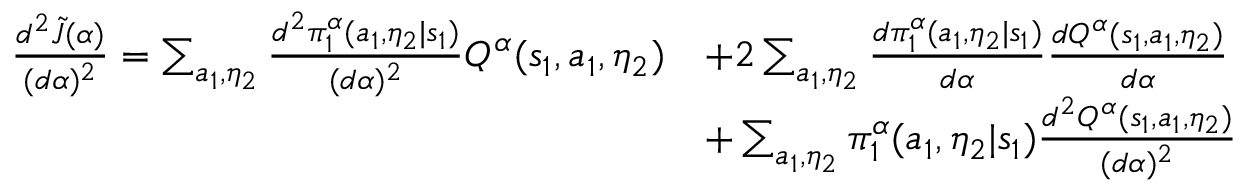
\begin{array} { r l } { \frac { d ^ { 2 } \tilde { J } ( \alpha ) } { ( d \alpha ) ^ { 2 } } = \sum _ { a _ { 1 } , \eta _ { 2 } } \frac { d ^ { 2 } \pi _ { 1 } ^ { \alpha } ( a _ { 1 } , \eta _ { 2 } | s _ { 1 } ) } { ( d \alpha ) ^ { 2 } } Q ^ { \alpha } ( s _ { 1 } , a _ { 1 } , \eta _ { 2 } ) } & { + 2 \sum _ { a _ { 1 } , \eta _ { 2 } } \frac { d \pi _ { 1 } ^ { \alpha } ( a _ { 1 } , \eta _ { 2 } | s _ { 1 } ) } { d \alpha } \frac { d Q ^ { \alpha } ( s _ { 1 } , a _ { 1 } , \eta _ { 2 } ) } { d \alpha } } \\ & { + \sum _ { a _ { 1 } , \eta _ { 2 } } \pi _ { 1 } ^ { \alpha } ( a _ { 1 } , \eta _ { 2 } | s _ { 1 } ) \frac { d ^ { 2 } Q ^ { \alpha } ( s _ { 1 } , a _ { 1 } , \eta _ { 2 } ) } { ( d \alpha ) ^ { 2 } } } \end{array}